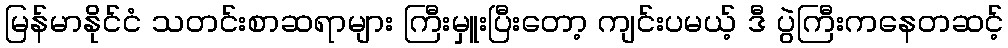
မြန်မာနိုင်ငံ သတင်းစာဆရာများ ကြီးမှူးပြီးတော့ ကျင်းပမယ့် ဒီ ပွဲကြီးကနေတဆင့်